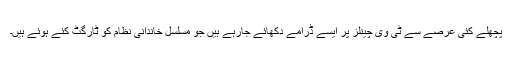
پچھلے کئی عرصے سے ٹی وی چینلز پر ایسے ڈرامے دکھائے جارہے ہیں جو مسلسل خاندانی نظام کو ٹارگٹ کئے ہوئے ہیں۔